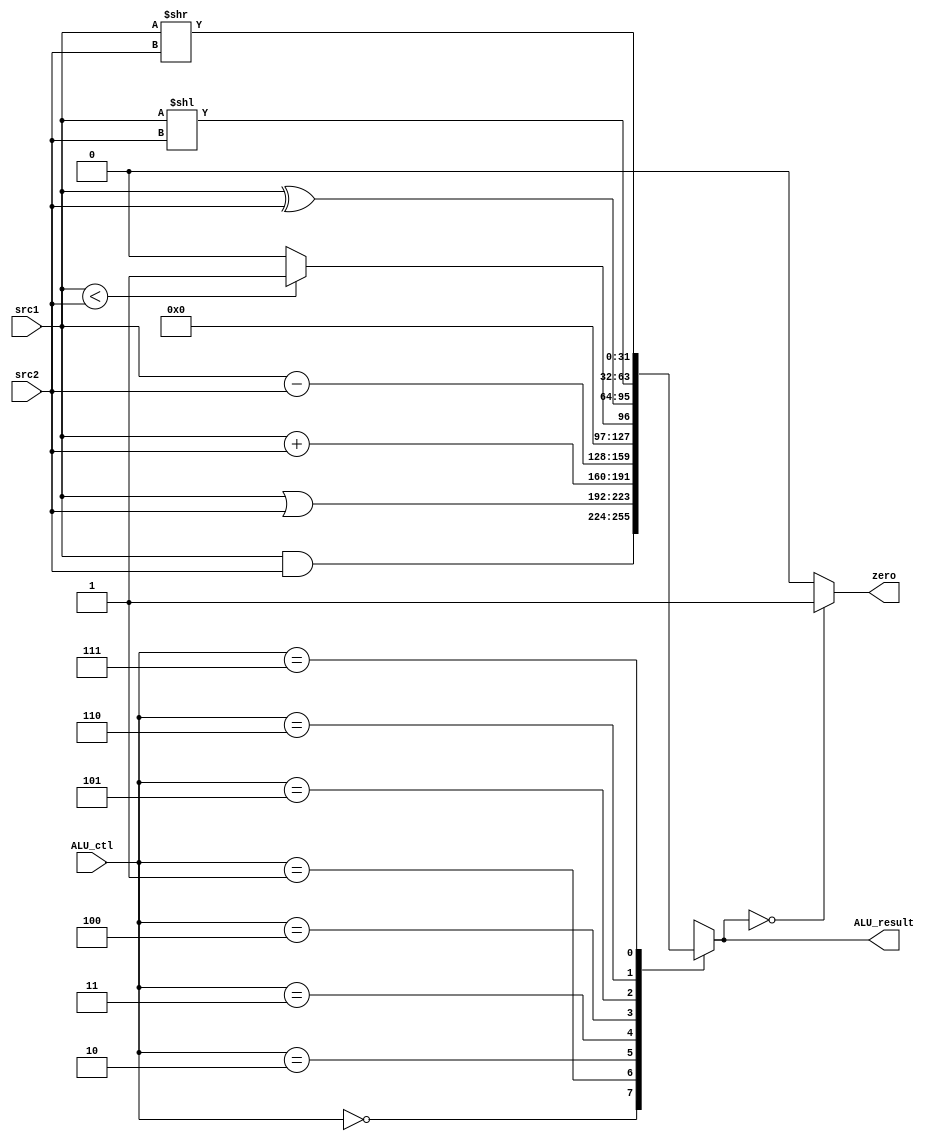
//
//Hrier
//2020113011:19:39

module ALU(
    input wire[2:0] ALU_ctl,
    input wire[31:0] src1,
    input wire[31:0] src2,
    output reg[31:0] ALU_result,
    output reg zero
);

always@(*) begin
    case(ALU_ctl)
        3'b000: ALU_result <= src1 & src2;   //and
        3'b001: ALU_result <= src1 | src2;   //or
        3'b010: ALU_result <= src1 + src2;   //add
        3'b011: ALU_result <= src1 - src2;   //subtract
        3'b100: ALU_result <= src1<src2 ? 1:0;   //
        3'b101: ALU_result <= src1 ^ src2;    //xor
        3'b110: ALU_result <= src1 << src2;   //
        3'b111: ALU_result <= src1 >> src2;   //
    endcase
end

always@(*) begin
    if(ALU_result==32'b0)begin
        zero <= 1;
    end else begin
        zero <= 0;
    end
end


endmodule